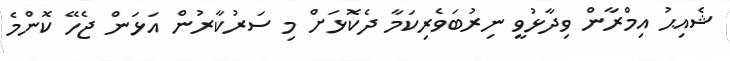
ޝެއިޙު އިމްރާން ވިދާޅުވީ ނިރުބަވެރިކަމާ ދެކޮޅަށް މި ސަރުކާރުން އަޅަން ޖެހޭ ކޮންމެ